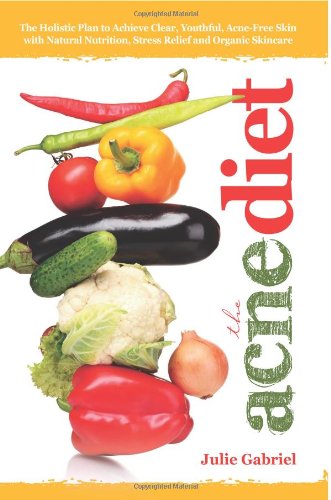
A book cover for The Acne Diet: Holistic Plan to Achieve Clear, Youthful, Acne-Free Skin with Natural Nutrition, Stress Relief and Organic Skincare; Julie Gabriel; Health, Fitness & Dieting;